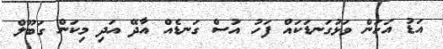
އަޑު އަހަން ވަޅުގަނޑަކައް ފަހު އުސް ގަނޑެއް އާދޭ އަދި މިކަން ގަބޫލް